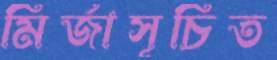
মির্জাসূচিত